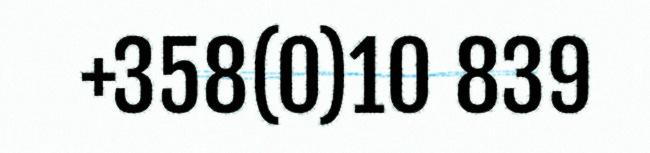
+358(0)10 839